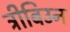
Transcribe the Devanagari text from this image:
ट्रीबिउन